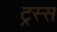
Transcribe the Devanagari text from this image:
ट्रस्स